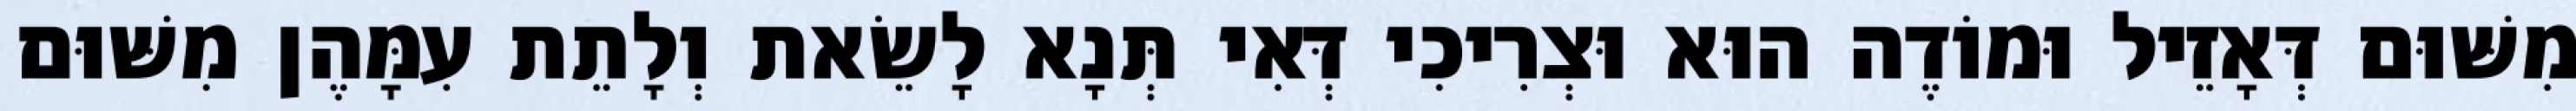
מִשּׁוּם דְּאָזֵיל וּמוֹדֶה הוּא וּצְרִיכִי דְּאִי תְּנָא לָשֵׂאת וְלָתֵת עִמָּהֶן מִשּׁוּם